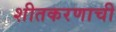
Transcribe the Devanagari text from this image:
शीतकरणाची